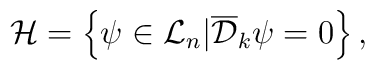
{\cal H}=\left\{ \psi\in {\cal L}_{n}| {\overline{\cal D}}_k\psi=0\right\},